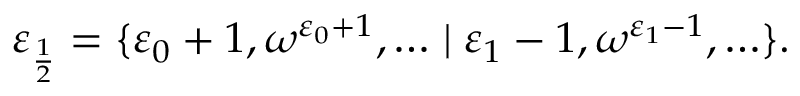
\varepsilon _ { \frac { 1 } { 2 } } = \{ \varepsilon _ { 0 } + 1 , \omega ^ { \varepsilon _ { 0 } + 1 } , \ldots \mid \varepsilon _ { 1 } - 1 , \omega ^ { \varepsilon _ { 1 } - 1 } , \ldots \} .